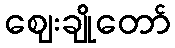
ဈေးချိုတော်